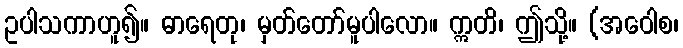
ဥပါသကာဟူ၍။ ဓာရေတု၊ မှတ်တော်မူပါလော။ ဣတိ၊ ဤသို့။ (အဝေါစ၊